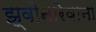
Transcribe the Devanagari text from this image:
झ्वोनारेवाना